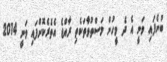
ބުނެފައި ވަނީ އެ ދެ މީހުން މަސްތުވާތަކެތި ރާއްޖެ އެތެރެކޮށްފައި ވަނީ 2014